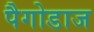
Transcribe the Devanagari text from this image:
पैगोडाज